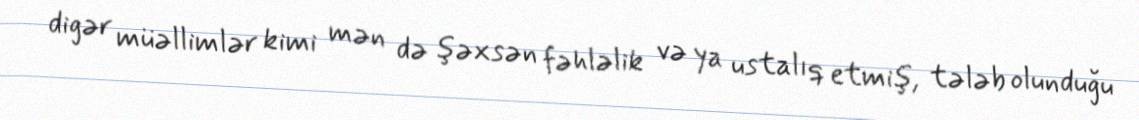
digər müəllimlər kimi mən də şəxsən fəhləlik və ya ustalıq etmiş, tələb olunduğu